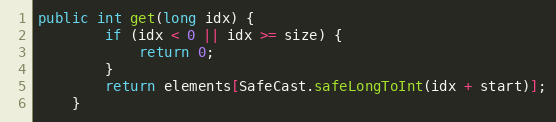
Language: Java
public int get(long idx) {
        if (idx < 0 || idx >= size) {
            return 0;
        }
        return elements[SafeCast.safeLongToInt(idx + start)];
    }